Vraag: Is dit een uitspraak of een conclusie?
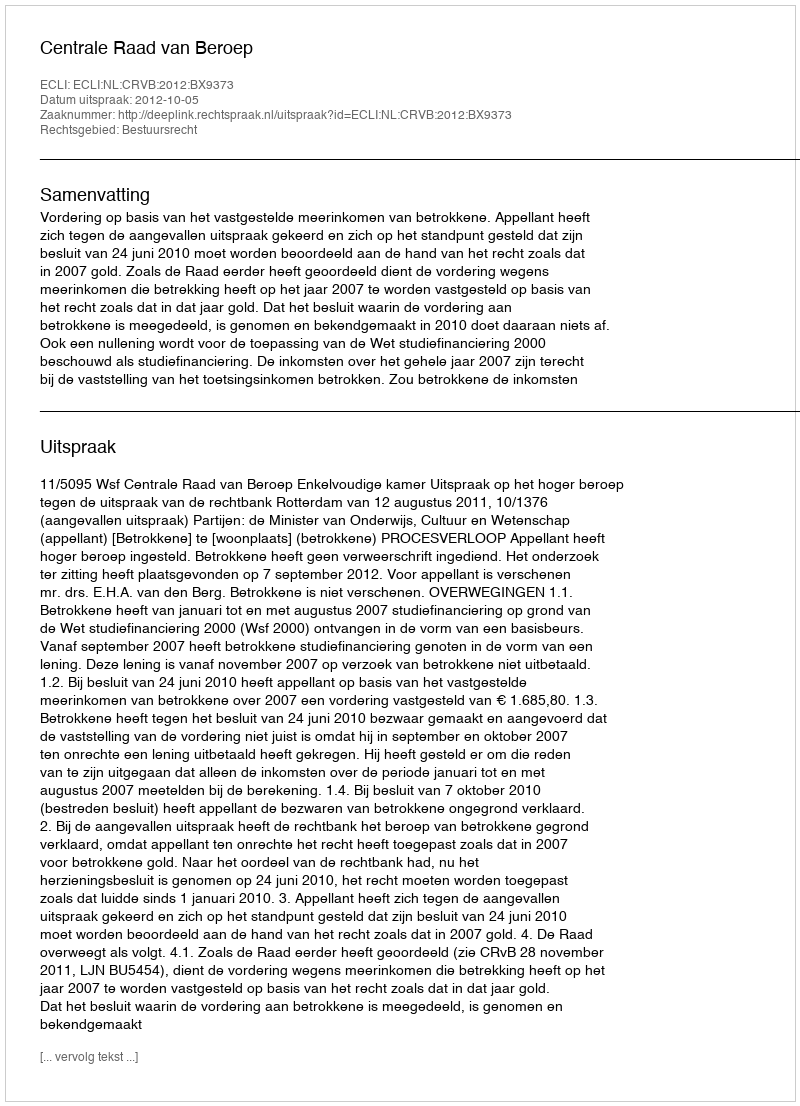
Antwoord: Uitspraak